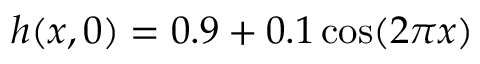
h ( x , 0 ) = 0 . 9 + 0 . 1 \cos ( 2 \pi x )